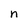
Character: n